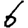
Digit: 6